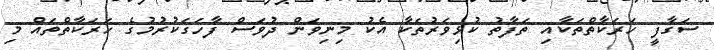
ސަގާފީ ހަރަކާތްތަކާއި ތަފާތު ކުޅިވަރުތަކާ އެކު މިނިވަން ދުވަސް ފާހަގަކުރުމުގެ ހަރަކާތްތައް މި